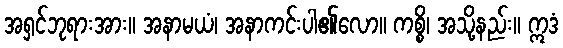
အရှင်ဘုရားအား။ အနာမယံ၊ အနာကင်းပါ၏လော။ ကစ္စိ၊ အသို့နည်း။ ဣဒံ